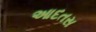
આદતસ